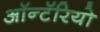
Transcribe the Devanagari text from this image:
ऑन्टॅरियो